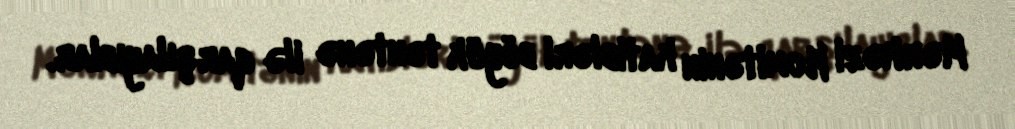
Mərkəzi Komitənin katibləri böyük təntənə ilə qarşılayıblar.